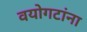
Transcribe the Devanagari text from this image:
वयोगटांना